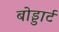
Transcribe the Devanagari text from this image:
बोड्डार्ट